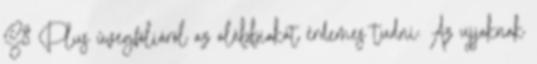
S8 Plus üvegfóliáról az alábbiakat érdemes tudni: Az ujjaknak